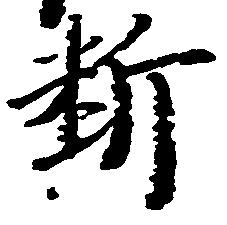
料